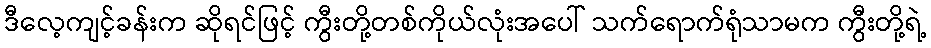
ဒီလေ့ကျင့်ခန်းက ဆိုရင်ဖြင့် ကွီးတို့တစ်ကိုယ်လုံးအပေါ် သက်ရောက်ရုံသာမက ကွီးတို့ရဲ့